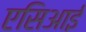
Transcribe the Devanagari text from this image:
एसिआई